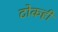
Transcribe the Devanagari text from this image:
टोकही